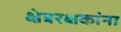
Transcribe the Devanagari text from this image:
क्षेत्ररक्षकांना